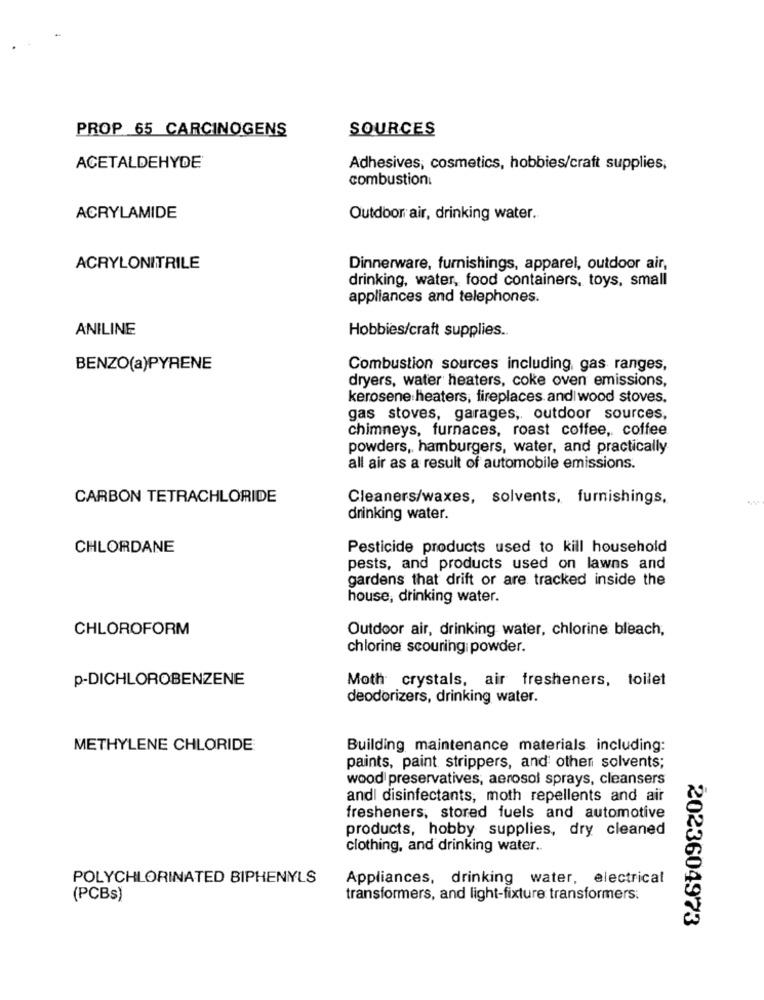
PROP 65 CARCINOGENS
SOURCES
ACETALDEHYDE
Adhesives, cosmetics, hobbies/craft supplies,
combustion.
ACRYLAMIDE
Outdoor air, drinking water.
ACRYLONITRILE
Dinnerware, furnishings, apparel, outdoor air,
drinking, water, food containers, toys, small
appliances and telephones.
ANILINE
Hobbies/craft supplies.
BENZO(a)PYRENE
Combustion sources including, gas ranges,
dryers, water heaters, coke oven emissions,
kerosene heaters, fireplaces and wood stoves.
gas stoves, garages, outdoor sources,
chimneys, furnaces, roast coffee, coffee
powders, hamburgers, water, and practically
all air as a result of automobile emissions.
CARBON TETRACHLORIDE
Cleaners/waxes, solvents, furnishings,
drinking water.
CHLORDANE
Pesticide products used to kill household
pests, and products used on lawns and
gardens that drift or are tracked inside the
house, drinking water.
CHLOROFORM
Outdoor air, drinking water, chlorine bleach,
chlorine scouring powder.
p-DICHLOROBENZENE
Moth crystals, air fresheners, toilet
deodorizers, drinking water.
METHYLENE CHLORIDE
Building maintenance materials including:
paints, paint strippers, and other solvents;
wood preservatives, aerosol sprays, cleansers
andl disinfectants, moth repellents and air
fresheners, stored fuels and automotive
products, hobby supplies, dry cleaned
clothing, and drinking water ..
POLYCHLORINATED BIPHENYLS
Appliances, drinking water, electrical
(PCBs)
transformers, and light-fixture transformers:
2023604973